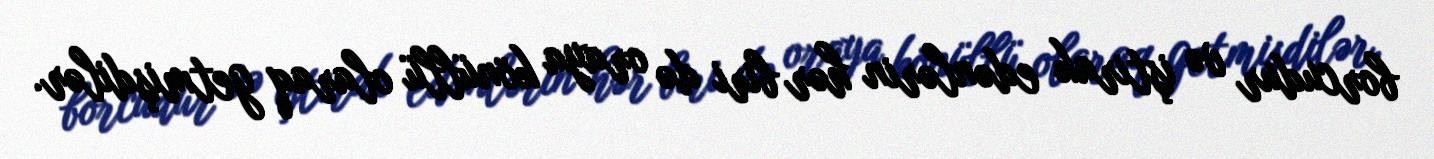
borcudur və iştirak edənlərin hər biri də oraya könüllü olaraq getmişdilər.